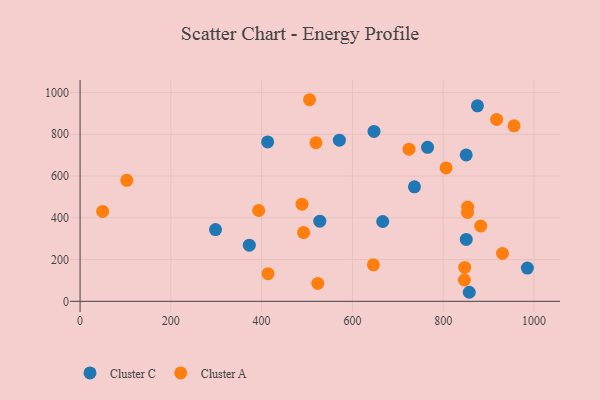
{"axis": {"x": "Distance", "y": "Exam Score"}, "legend": ["Cluster A", "Cluster C"], "data": [{"x": "528.2", "y": 383.6, "type": "Cluster C"}, {"x": "857.5", "y": 43.3, "type": "Cluster C"}, {"x": "372.9", "y": 269.1, "type": "Cluster C"}, {"x": "850.8", "y": 296.6, "type": "Cluster C"}, {"x": "875.5", "y": 936.4, "type": "Cluster C"}, {"x": "985.5", "y": 159.2, "type": "Cluster C"}, {"x": "571.3", "y": 772.0, "type": "Cluster C"}, {"x": "850.7", "y": 701.2, "type": "Cluster C"}, {"x": "413.3", "y": 763.3, "type": "Cluster C"}, {"x": "298.4", "y": 343.8, "type": "Cluster C"}, {"x": "765.6", "y": 737.6, "type": "Cluster C"}, {"x": "647.6", "y": 813.9, "type": "Cluster C"}, {"x": "736.7", "y": 548.4, "type": "Cluster C"}, {"x": "666.8", "y": 382.2, "type": "Cluster C"}, {"x": "489.0", "y": 465.1, "type": "Cluster A"}, {"x": "505.6", "y": 965.5, "type": "Cluster A"}, {"x": "414.1", "y": 132.5, "type": "Cluster A"}, {"x": "847.4", "y": 162.3, "type": "Cluster A"}, {"x": "103.0", "y": 579.7, "type": "Cluster A"}, {"x": "882.6", "y": 360.6, "type": "Cluster A"}, {"x": "956.1", "y": 840.6, "type": "Cluster A"}, {"x": "646.2", "y": 174.9, "type": "Cluster A"}, {"x": "806.4", "y": 639.1, "type": "Cluster A"}, {"x": "917.8", "y": 871.3, "type": "Cluster A"}, {"x": "724.8", "y": 728.9, "type": "Cluster A"}, {"x": "49.7", "y": 430.6, "type": "Cluster A"}, {"x": "492.5", "y": 329.0, "type": "Cluster A"}, {"x": "846.7", "y": 102.1, "type": "Cluster A"}, {"x": "930.7", "y": 229.2, "type": "Cluster A"}, {"x": "393.6", "y": 435.0, "type": "Cluster A"}, {"x": "853.6", "y": 425.9, "type": "Cluster A"}, {"x": "519.7", "y": 759.5, "type": "Cluster A"}, {"x": "853.9", "y": 451.5, "type": "Cluster A"}, {"x": "523.7", "y": 85.9, "type": "Cluster A"}]}